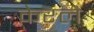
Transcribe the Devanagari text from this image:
केरलैः